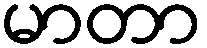
မာတာ